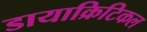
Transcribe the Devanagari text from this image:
डायाक्रिटिकल